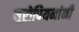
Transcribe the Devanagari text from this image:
यूरोपियनांनी